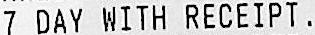
7 DAY WITH RECEIPT.